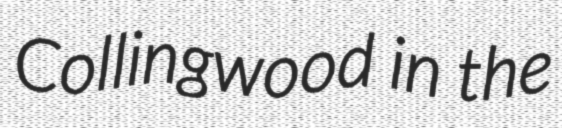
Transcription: Collingwood in the